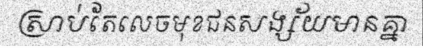
ស្រាប់តែលេចមុខជនសង្ស័យមានគ្នា